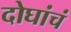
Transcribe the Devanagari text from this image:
दोघांचं